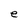
Character: e